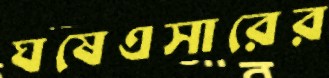
ঘষেএসারের